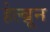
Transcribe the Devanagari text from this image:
हेल्ब्रून